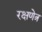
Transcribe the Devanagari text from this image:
रक्षणेत्र